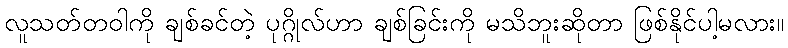
လူသတ်တဝါကို ချစ်ခင်တဲ့ ပုဂ္ဂိုလ်ဟာ ချစ်ခြင်းကို မသိဘူးဆိုတာ ဖြစ်နိုင်ပါ့မလား။